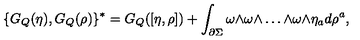
\{ G _ { Q } ( \eta ) , G _ { Q } ( \rho ) \} ^ { * } = G _ { Q } ( [ \eta , \rho ] ) + \int _ { \partial \Sigma } \omega \mathrm { \tiny \wedge } \omega \mathrm { \tiny \wedge } \dots \mathrm { \tiny \wedge } \omega \mathrm { \tiny \wedge } \eta _ { a } d \rho ^ { a } ,